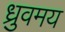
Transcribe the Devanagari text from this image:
ध्रुवमय